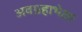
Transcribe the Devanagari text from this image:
अवग्रहाभेक्षा